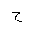
Letter: _ha